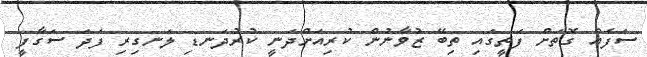
ސަފެއް ގޮތަށް ފަތީގައި ތިބޭ ޒުވާނުން ކުރިއަށްދަނީ ކުރުދަނޑި ލަނގިރި ފަދަ ސަގާފީ